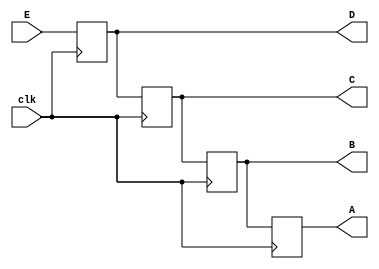
module shift4(clk, E, D, C, B, A);
  input clk;
	
  input E;
	
  output D, C, B, A;
	
  reg D, C, B, A;	// output in always

  always @(posedge clk) begin 
    A <= B;

    B <= C;

    C <= D;

    D <= E;
	
  end

endmodule